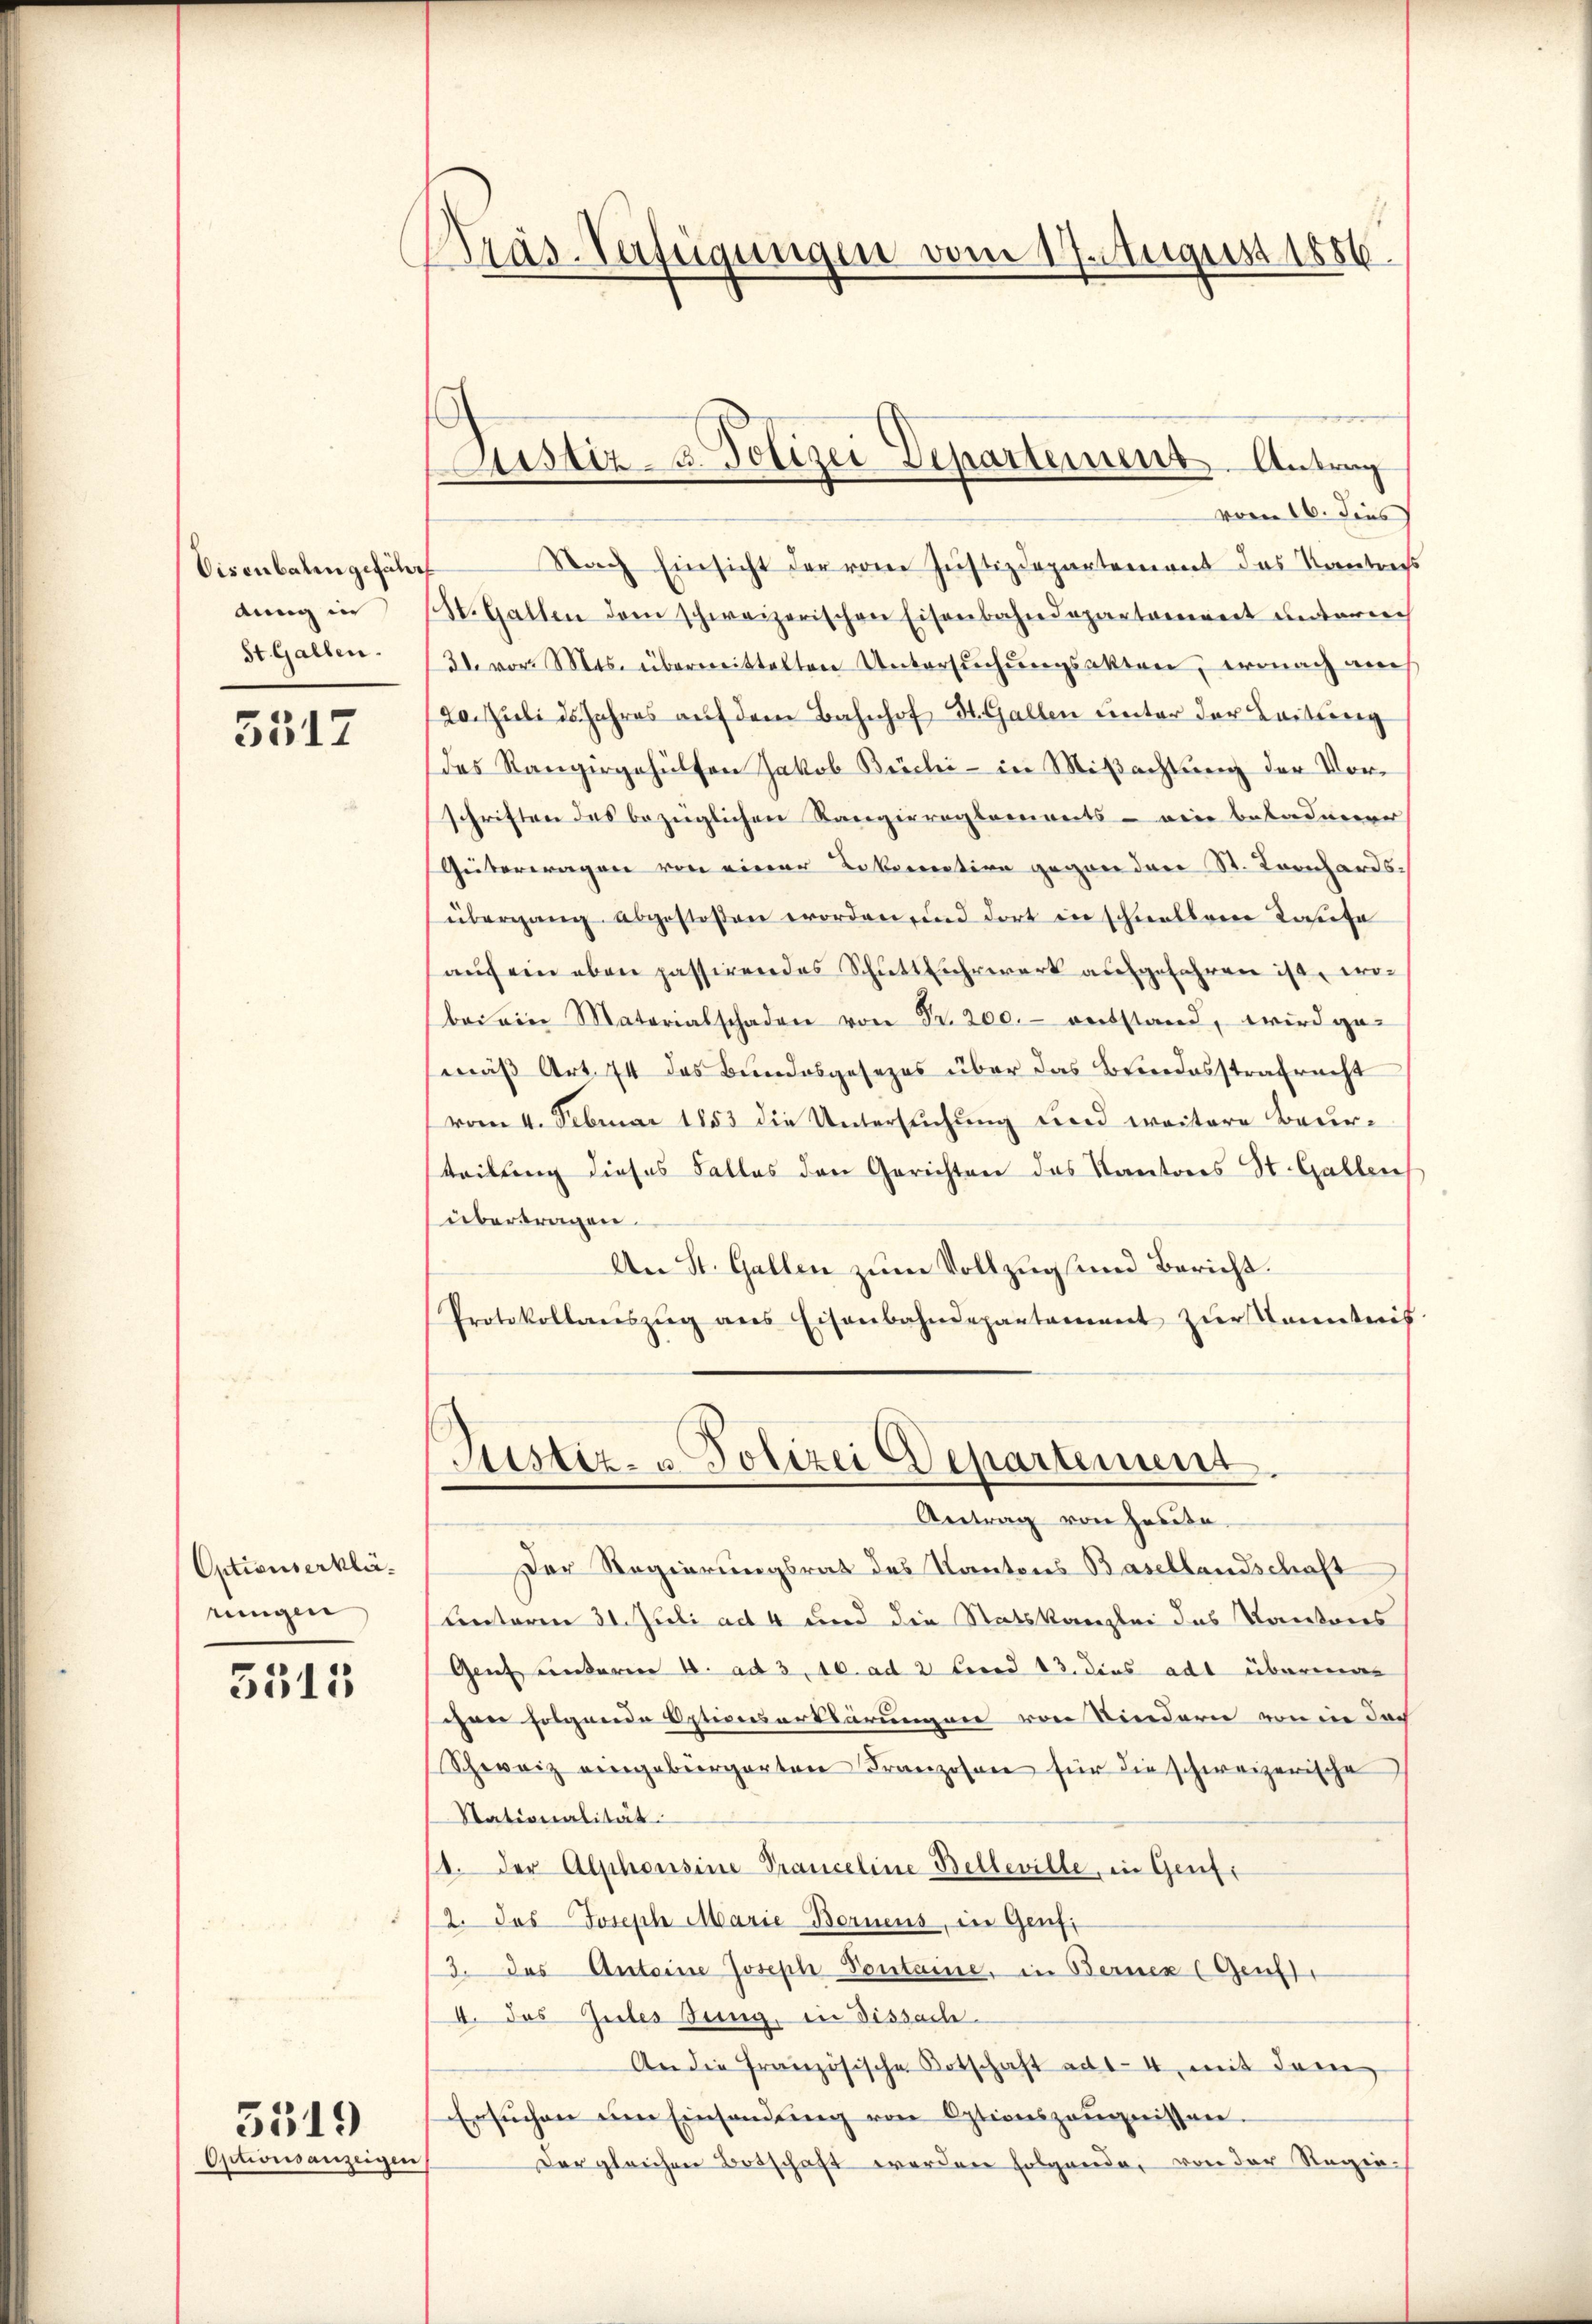
Visenbaten gefähr
dung in
St. Gallen.

5517

Optionserkläningen

3315

Optionsanzeigen

3519

Präs-Verfügungen vom 17. August 1886

Justiz- u. Polizei Departement. Antrag

vom 16. dies
Nach Einsicht der vom Justizdepartement das Kontres
(St. Gallen dem schweizerischen Eisenbahndepartement unterm
21. vor. Mts. übermittelten Untersŭchŭngsakten, wonach am
20. Juli 25 Jahres auf dem Bahnhof St. Gallen unter der Leitung
des Rangiergehülfen Jakob Büchi- in Mißachtung der Vorschriften des bezüglichen Rangiereglements - eine bekadnerer
Güterwagen von einer Lokomotion gegen der St. Kornhardsübergang abgestoßen worden, und dort in schnellen Kastete
aŭf ein eben passirendes Schŭttfuhrwerk aufgefahren ist, wobei ein Materialschaden von Fr. 200.- entstand, wird ge-
mäß Art. 74 das Bundesgesezes über das Brodesstrafrecht
vom 4. Februar 1853 die Untersuchung und weitere Beurteilung dieses Falles den Gerichten das Kantons St. Gallens
übertragen.
An St. Gallen zum Vollzug und Bericht.
Protokollanszŭg ans Eisenbahndepartament zŭr Kenntnis
Justiz- u. Polizei Departement
Antrag von heute.
Der Regierungsrat des Kantons Basellandschaft
Unterm 31. Juli ad 4 und die Statskanzlei das Kantores
Genf unterm 4. ad 3, 10. ad 2 bered 13. dies adt übermas
chen folgende Opticeuartsärungen von Kindern von in doch
Schweiz eingebürgerten Franzosen für die schweizerische
Stationalität
14. der Alphonsine Pranceline Belleville, in Genfe
2. das Joseph Marie-Bornens, in Genfi
3. das Antoine Joseph Pontaine, in Berner (Genf
I. das Gutes Jung, in Dissach
An die französische Botschaft ad 14, mit dem
Ersuchen am Einsendung von Optionszeugnissen.
Der gleichen Botschaft werden folgende, von der Regie¬